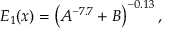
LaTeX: E _ { 1 } ( x ) = \left( A ^ { - 7 . 7 } + B \right) ^ { - 0 . 1 3 } ,